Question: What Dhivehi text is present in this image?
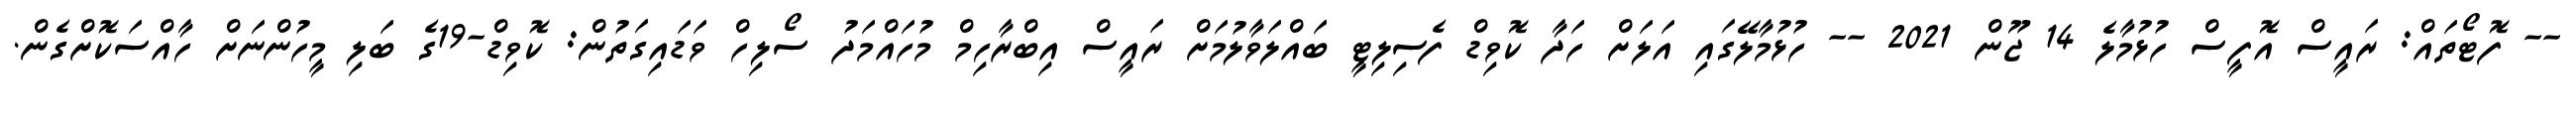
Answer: -- ފޮޓޯތައް: ރައީސް އޮފީސް ހުޅުމާލެ 14 ޖޫން 2021 -- ހުޅުމާލޭގައި އަލަށް ހަދާ ކޮވިޑް ފެސިލިޓީ ބައްލަވާލުމަށް ރައީސް އިބްރާހިމް މުހައްމަދު ސޯލިހް ވަޑައިގަތުން: ކޮވިޑް-19ގެ ބަލި މީހުންނަށް ހާއްސަކޮށްގެން.